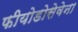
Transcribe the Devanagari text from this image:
फीयोडोसेवेना